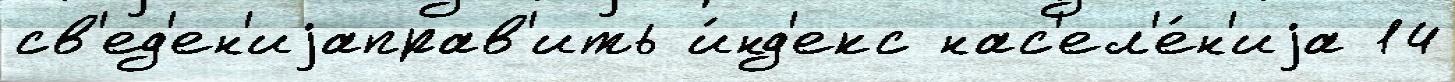
св'ед'ен'иjаправ'ить и́нд'екс нас'ел'е́н'иjа 14